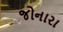
જોનારા